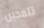
تلمحين